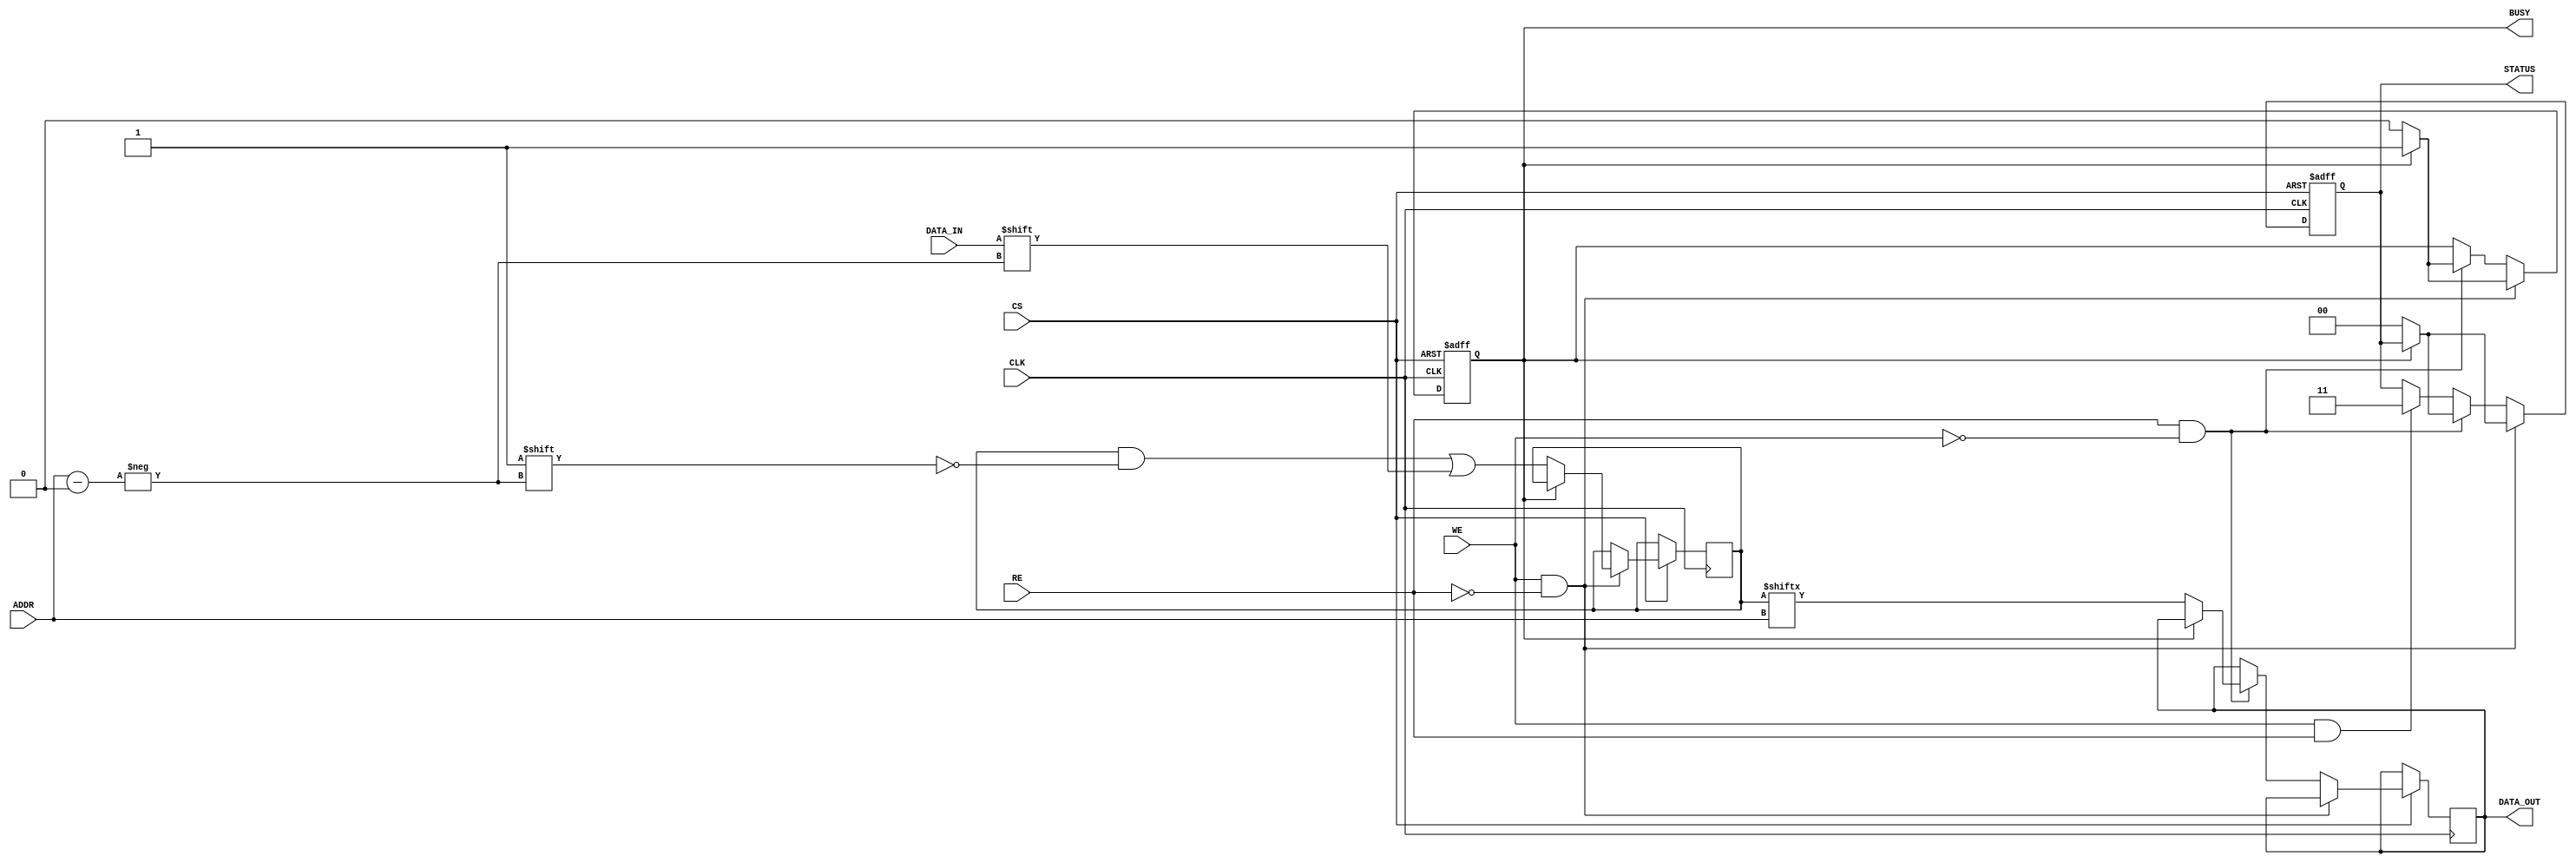
module SLC_EEPROM_IO (
    input wire [ADDR_WIDTH-1:0] ADDR,     // Multi-bit address input
    input wire DATA_IN,                    // Data input for writing
    input wire WE,                         // Write enable
    input wire RE,                         // Read enable
    input wire CS,                         // Chip select
    input wire CLK,                        // Clock signal
    output reg DATA_OUT,                   // Data output for reading
    output reg BUSY,                       // Busy indicator
    output reg [1:0] STATUS                // Status output
);

    parameter ADDR_WIDTH = 8;              // Width of address bus
    parameter MEMORY_SIZE = 256;            // Number of cells in EEPROM

    reg [MEMORY_SIZE-1:0] memory;          // Memory array to store bits
    reg [ADDR_WIDTH-1:0] internal_addr;    // Internal address register

    // Internal state definition
    localparam IDLE = 2'b00;
    localparam READ = 2'b01;
    localparam WRITE = 2'b10;
    localparam ERROR = 2'b11;

    // State machine for busy and status signals
    always @(posedge CLK or negedge CS) begin
        if (!CS) begin
            BUSY <= 0;
            STATUS <= IDLE;
        end else begin
            if (WE && !RE) begin
                // Write operation
                if (!BUSY) begin
                    BUSY <= 1;
                    internal_addr <= ADDR;
                    memory[ADDR] <= DATA_IN; // Write data to memory
                    STATUS <= WRITE;
                    #1; // Simulate write delay
                    BUSY <= 0;
                    STATUS <= IDLE; // Completion
                end
            end else if (RE && !WE) begin
                // Read operation
                if (!BUSY) begin
                    BUSY <= 1;
                    internal_addr <= ADDR;
                    DATA_OUT <= memory[ADDR]; // Read data from memory
                    STATUS <= READ;
                    #1; // Simulate read delay
                    BUSY <= 0;
                    STATUS <= IDLE; // Completion
                end
            end else if (WE && RE) begin
                // Conflict error
                STATUS <= ERROR; 
            end
        end
    end

    // Power-on reset functionality
    initial begin
        memory = {MEMORY_SIZE{1'b0}}; // Initialize all memory cells to 0
        DATA_OUT = 1'b0;
        BUSY = 0;
        STATUS = IDLE;
    end

endmodule